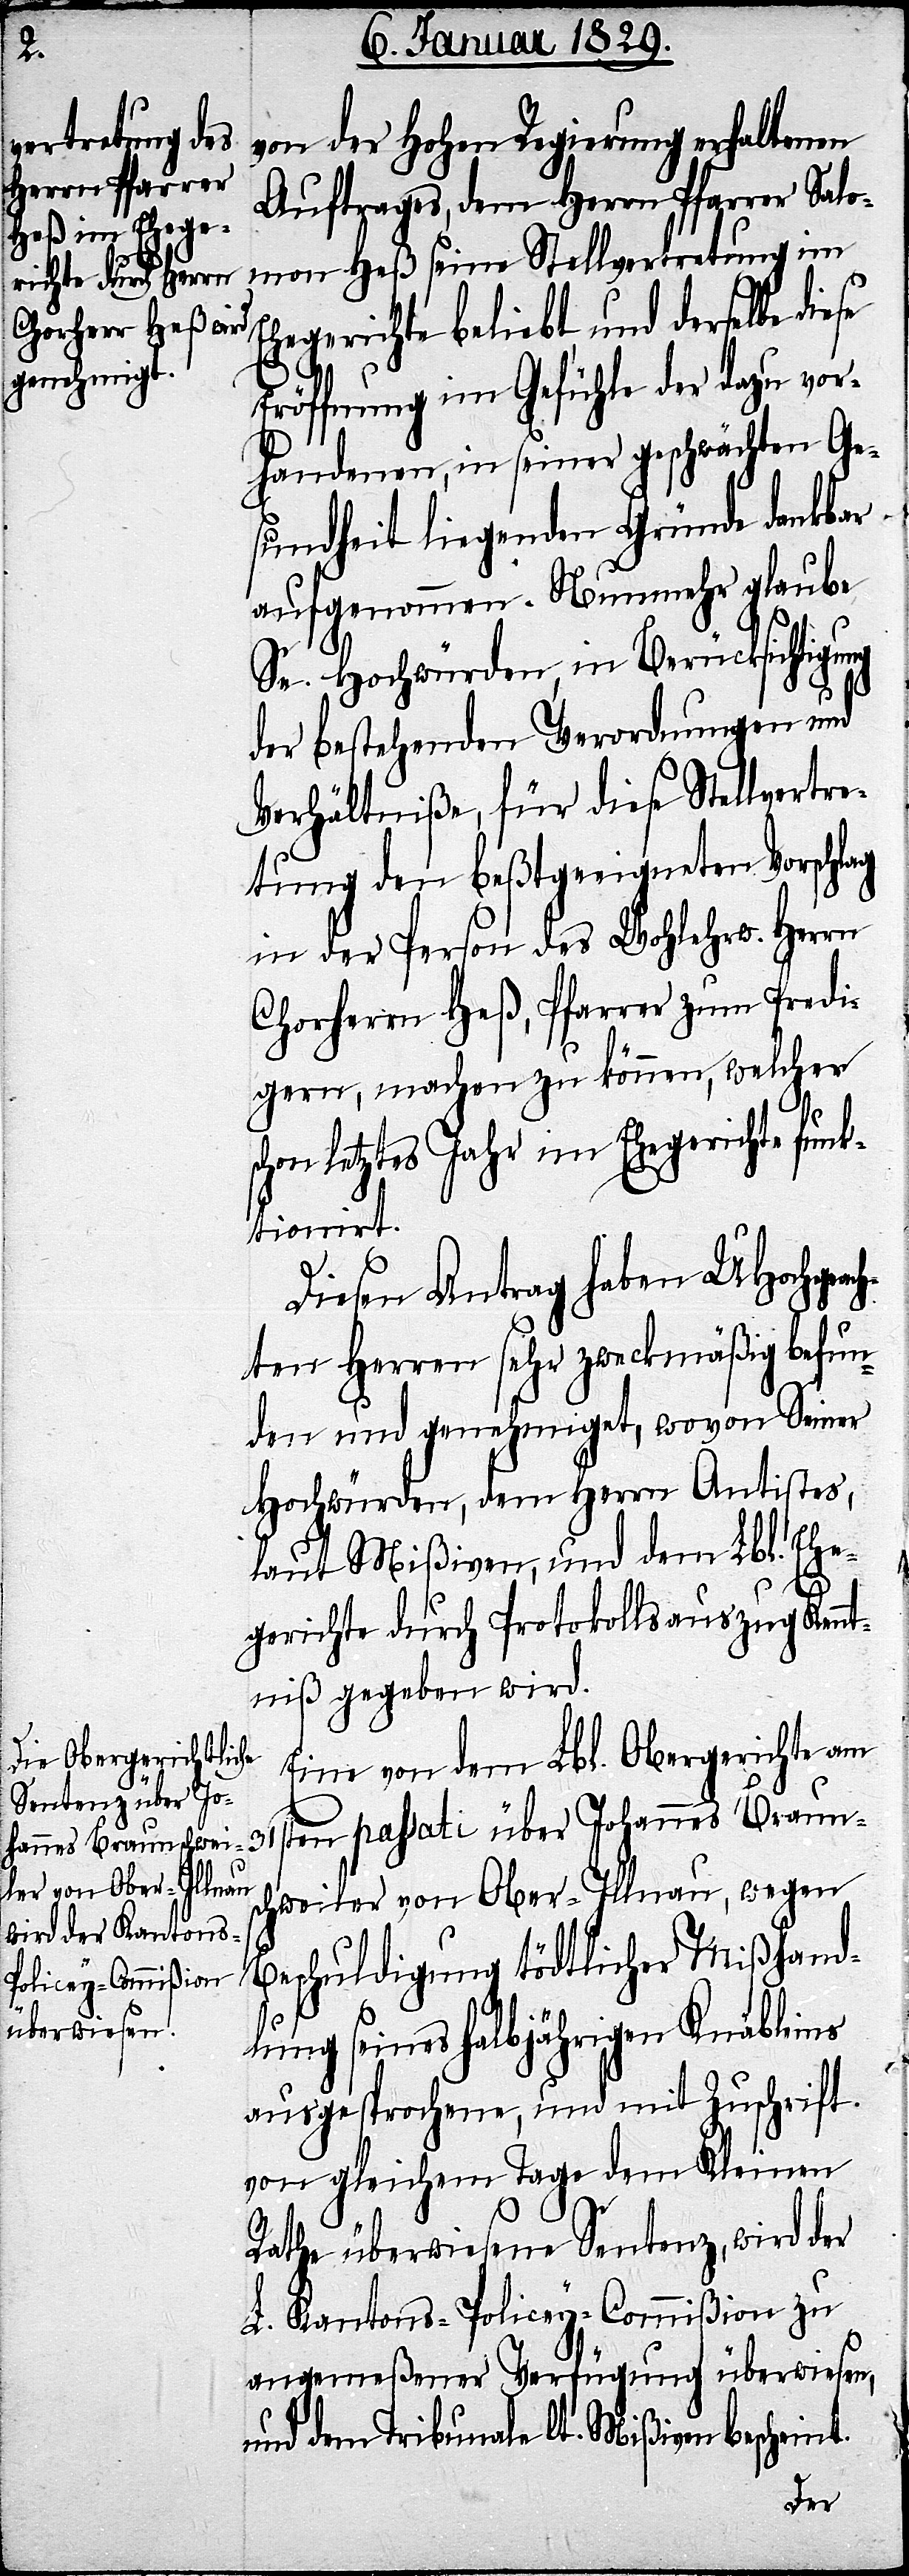
ng

von der Hohen Regierung erhaltenen
Auftrages, dem Herrn Pfarrer Salo¬
mon Heß seine Stellvertretung im
Ehegerichte beliebt und derselbe die¬
Eröffnung im Gefühle der dazu vor¬
handenen, in seiner geschwächten Ge¬
sundheit liegenden Gründe dankbar
aufgenommen. Nunmehr glaube
Sn. Hochwürden, in Berücksichtigu¬
der bestehenden Verordnungen und
Verhältniße, für diese Stellvertre¬
tung den beßtgeeigneten Vorschlag
in der Person des Wohlehrw. Herrn
Chorherrn Heß, Pfarrer zum Predi¬
gern, machen zu können, welcher
schon letztes Jahr im Ehegerichte funk¬
tionirt.
Diesen Antrag haben UHochgeac¬
hten Herren sehr zweckmäßig befun¬
den und genehmiget, wovon Seiner
Hochwürden, dem Herrn Antistes,
laut Mißiven, und dem Lbl. Ehe¬
gerichte durch Protokollsauszug Kennt¬
niß gegeben wird.
Eine von dem Lbl. Obergerichte am
31sten passati über Johannes Braun¬
schweiler von Ober-Illnau, wegen
Beschuldigung tödtlicher Mißhand¬
lungen seines halbjährigen Knäbleins
ausgesprochene, und mit Zuschrift
von gleichem Tage dem Kleinen
Rathe überwiesene Sentenz, wird der
L. Kantons-Policey-Commißion zu
angemeßener Verfügung überwiesen,
und dem Tribunale lt. Mißiven bescheint.